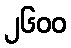
၂၆၀၀